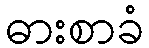
ဓားစာခံ